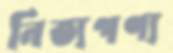
নিত্যপণ্য